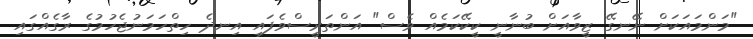
"މަންމައަކަށް ނޭނގޭ ޒީވާއަށް ބުނާނީ ކީކޭކަމެއް ވެސް" އަންތަރީސްވެފައި އިނދެ ހިތްހަމަނުޖެހުމުގެ ރާގެއްގައި